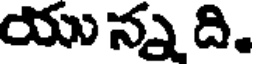
యు న్న ది.